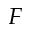
_ F